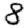
Digit: 8